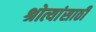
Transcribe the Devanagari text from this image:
श्रोत्यांसाठी